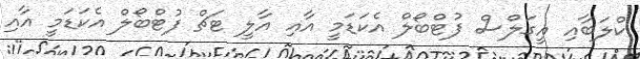
ކްލަބާއި އީގަލްސް ފުޓްބޯލް އެކަޑަމީ އާއި އާލީ ޓަޗް ފުޓްބޯލް އެކަޑަމީ އާއި